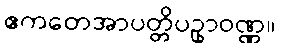
ဧကတေအာပတ္တိပဥှာဝဏ္ဏ။